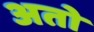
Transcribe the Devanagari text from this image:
अतो